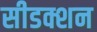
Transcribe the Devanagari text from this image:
सीडक्शन